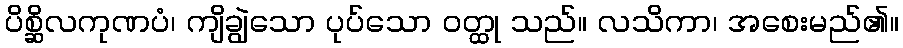
ပိစ္ဆိလကုဏပံ၊ ကျိချွဲသော ပုပ်သော ဝတ္ထု သည်။ လသိကာ၊ အစေးမည်၏။